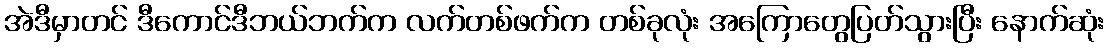
အဲဒီမှာတင် ဒီကောင်ဒီဘယ်ဘက်က လက်တစ်ဖက်က တစ်ခုလုံး အကြောတွေပြတ်သွားပြီး နောက်ဆုံး